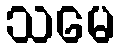
သမေ